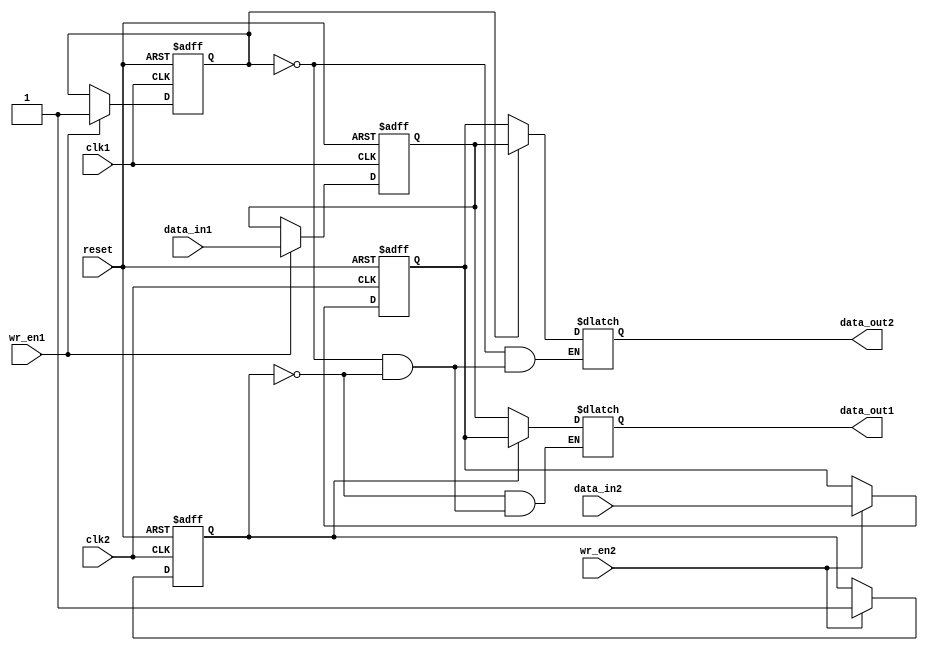
module Dual_port_Bypass_register (
    input clk1,          // Clock signal for port 1
    input clk2,          // Clock signal for port 2
    input reset,         // Reset signal
    input [31:0] data_in1,  // Input data for port 1
    input wr_en1,        // Write enable signal for port 1
    output reg [31:0] data_out1,  // Output data for port 1
    input [31:0] data_in2,  // Input data for port 2
    input wr_en2,        // Write enable signal for port 2
    output reg [31:0] data_out2  // Output data for port 2
);

reg [31:0] reg_data1;  
reg wr_en1_reg;
reg [31:0] reg_data2;
reg wr_en2_reg;

always @(posedge clk1 or posedge reset) begin
    if (reset) begin
        reg_data1 <= 32'h0;
        wr_en1_reg <= 1'b0;
    end
    else if (wr_en1) begin
        reg_data1 <= data_in1;
        wr_en1_reg <= 1'b1;
    end
end

always @(posedge clk2 or posedge reset) begin
    if (reset) begin
        reg_data2 <= 32'h0;
        wr_en2_reg <= 1'b0;
    end
    else if (wr_en2) begin
        reg_data2 <= data_in2;
        wr_en2_reg <= 1'b1;
    end
end

always @(*) begin
    if (wr_en2_reg) begin
        data_out1 = reg_data2;
    end
    else if (wr_en1_reg) begin
        data_out1 = reg_data1;
    end
end

always @(*) begin
    if (wr_en1_reg) begin
        data_out2 = reg_data1;
    end
    else if (wr_en2_reg) begin
        data_out2 = reg_data2;
    end
end

endmodule